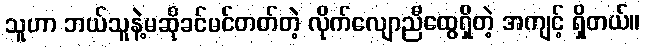
သူဟာ ဘယ်သူနဲ့မဆိုခင်မင်တတ်တဲ့ လိုက်လျောညီထွေရှိတဲ့ အကျင့် ရှိတယ်။